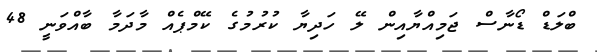
ބްލަޑް ޑޯނާސް ޖަމިއްޔާއިން ލޭ ހަދިޔާ ކުރުމުގެ ކޭމްޕެއް މާދަމާ ބާއްވަނީ 48